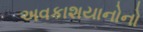
અવકાશયાનોનો